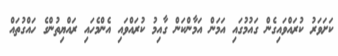
ކަށަވަރު ކުރައްވައިގެން ގައުމުގައި އަމަން އަމާންކަން ގާއިމު ކުރައްވައި އެންމެހައި ރައްޔިތުންގެ ހައްގުތައް